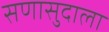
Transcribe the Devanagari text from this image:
सणासुदाला